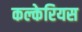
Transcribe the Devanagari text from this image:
कल्केरियस